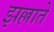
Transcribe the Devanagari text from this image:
झल्लाते